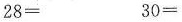
$$28 =$$ $$30 =$$